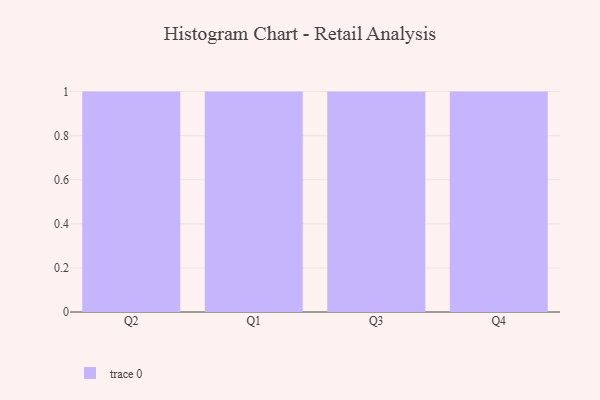
{"axis": {"x": "Quarter", "y": "Bounce Rate (%)"}, "legend": [""], "data": [{"x": "Q2", "y": 55, "type": ""}, {"x": "Q1", "y": 21, "type": ""}, {"x": "Q3", "y": 25, "type": ""}, {"x": "Q4", "y": 51, "type": ""}]}